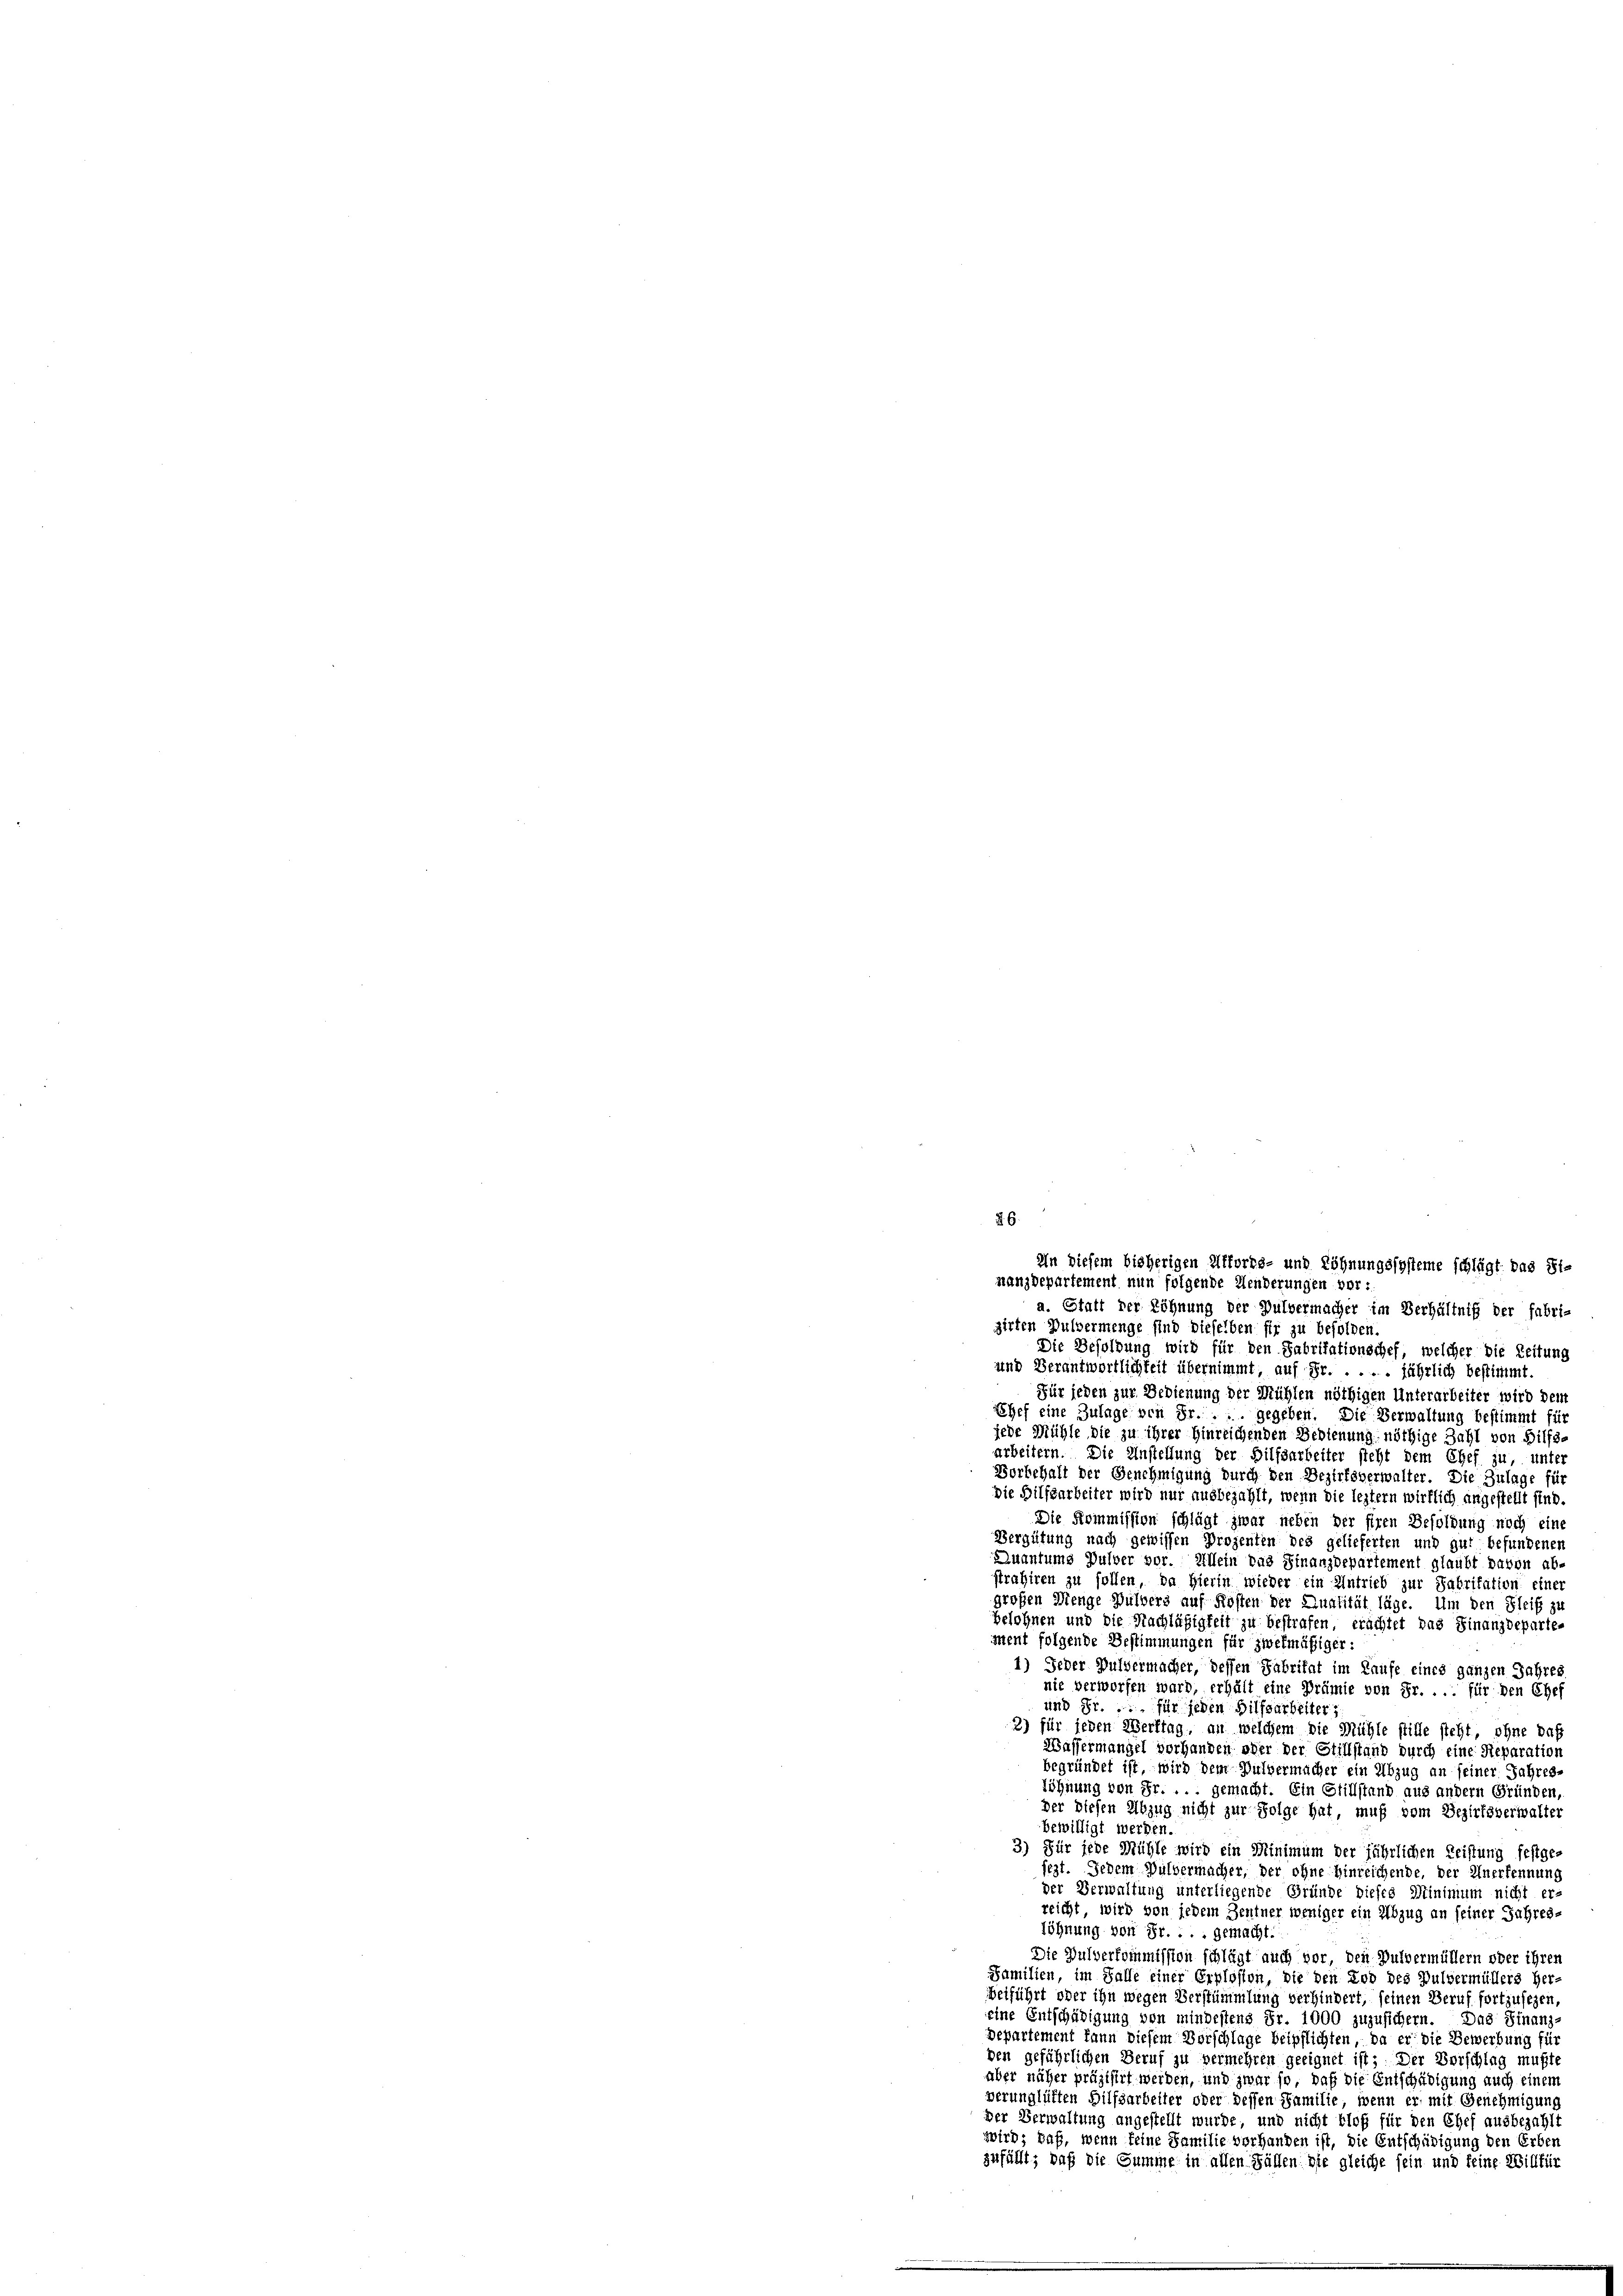
Die Besoldung wird für den Fabritationschef, welcher die Zeitung
und Verantwortlichkeit übernimmt, auf Fr. . . . . jährlich bestimmt.
Für jeden zur Bedienung der Mühlen nöthigen Unterarbeiter wird dem
Chef eine Zulage von Fr. ... gegeben. Die Verwaltung bestimmt für
jede Mühle die zu ihrer Hinreichenden Bedienung nöthige Zahl von Hilfs-
arbeitern. Die Anstellung der Hilfsarbeiter steht dem Chef zu, unter
Borbehalt der Genehmigung durch den Bezirksverwalter. Die Zulage für
Die Hilfsarbeiter wird nur ausbezahlt, wenn die leztern wirklich angestellt sind.
Die Kommission schlägt zwar neben der siren Besoldung noch eine
Vergütung nach gewissen Prozenten des gelieferten und gut befundenen
Quantums Pulver vor. Allein das Finanzdepartement glaubt davon ab-
strahiren zu sollen, da Hierin wieder ein Antrieb zur Fabritation einer
großen Menge Pulvers auf Kosten der Qualität läge. Um den Fleiß zu
Belohnen und die Nachläßigkeit zu bestrafen, erachtet das Finanzdeparte-
ment folgende Bestimmungen für zwekmäßiger:
1) Jeder Pulvermacher, dessen Fabritat im Laufe eines ganzen Jahres
nie verworfen ward, erhält eine Prämie von Fr. . . . für den Chef
und Fr. für jeden Hilfsarbeiter
2) für jeden Werttag, an welchem die Mühle stille steht, ohne das
Wassermangel vorhanden oder der Stillstand durch eine Reparation
begründet ist, wird dem Pulvermacher ein Abzug an seiner Jahres-
söhnung von Fr. ... gemacht. Ein Stillstand aus andern Gründen,
der diesen Abzug nicht zur Folge hat, muß vom Bezirksverwalter
bewilligt werden.
3.) Für jede Mühle wird ein Minimum der jährlichen Leistung festge-
sezt. Jedem Pulvermacher, der ohne hinreichende, der Anerkennung
der Verwaltung unterliegende Gründe dieses Minimum nicht er-
reicht, wird von jedem Zentner weniger ein Abzug an seiner Jahres-
Löhnung von Sr. . . . gemacht:
Die Pulverkommission schlägt auch vor, den Pulvermüllern oder ihren
Familien, im Falle einer Erplosten, die den Tod des Pulvermüllers her-
erführt oder ihn wegen Verstümmlung verhindert, seinen Beruf fortzusehen,
eine Entschädigung von mindestens Fr. 1000 zuzusichern. Das Finanz-
Departement kann diesem Vorschlage beipflichten, da er die Bewerbung für
ben geführlichen Beruf zu vermehren geeignet ist; Der Vorschlag mußte
aber näher präzisirt werden, und zwar so, daß die Entschädigung auch einem
werunglüften Hilfsarbeiter oder dessen Familie, wenn er mit Genehmigung
der Verwaltung angestellt wurde, und nicht bloß für den Chef ausbezahl
wird; daß, wenn keine Familie vorhanden ist, die Entschädigung den Erben
zufüllt; daß die Summe in allen Fällen die gleiche sein und feine Willfür

2.6.
In diesem bisherigen Alforts- und Löhnungssysteme schlägt das Sinanzdepartement nun folgende Aenderungen vor:
a. Statt der Löhnung der Pulvermacher im Verhältniß der fabri-
girten Pulvermenge sind dieselben für zu befolgen.